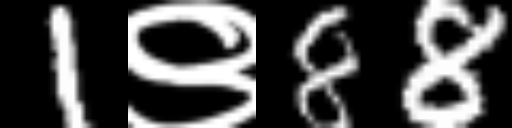
Text: 1९88